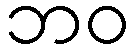
ဘဝ